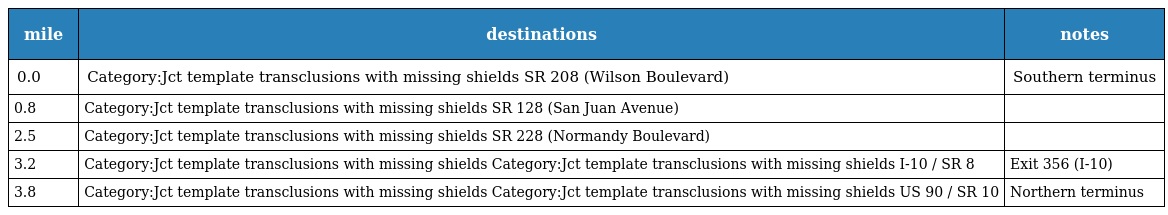
| mile | destinations | notes |
 | --- | --- | --- |
 | 0.0 | Category:Jct template transclusions with missing shields SR 208 (Wilson Boulevard) | Southern terminus |
 | 0.8 | Category:Jct template transclusions with missing shields SR 128 (San Juan Avenue) |  |
 | 2.5 | Category:Jct template transclusions with missing shields SR 228 (Normandy Boulevard) |  |
 | 3.2 | Category:Jct template transclusions with missing shields Category:Jct template transclusions with missing shields I-10 / SR 8 | Exit 356 (I-10) |
 | 3.8 | Category:Jct template transclusions with missing shields Category:Jct template transclusions with missing shields US 90 / SR 10 | Northern terminus |